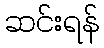
ဆင်းရန်